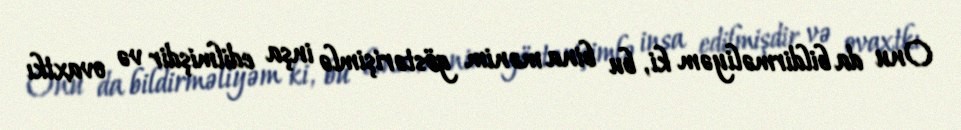
Onu da bildirməliyəm ki, bu bina mənim göstərişimlə inşa edilmişdir və ovaxtkı